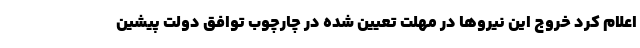
اعلام کرد خروج این نیروها در مهلت تعیین شده در چارچوب توافق دولت پیشین